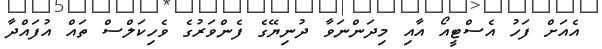
އެއަށް ފަހު އެސްޓީއޯ އާއި މިދަންނަވާ ދުނިޔޭގެ ފެންވަރުގެ ވެހިކަލްސް ތައް އުފައްދާ